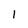
Character: 1